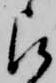
被